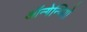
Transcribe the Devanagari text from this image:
ऑन्गेन्पियो